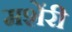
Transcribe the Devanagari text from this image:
मशेंरी